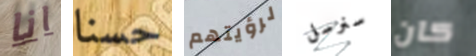
انا حسنا لرؤيتهم سنرسل كان